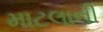
માટલાની